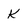
Character: k